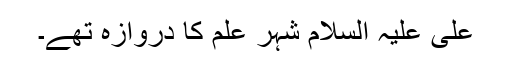
علی علیہ السلام شہر علم کا دروازہ تھے۔